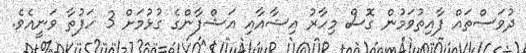
ދުވަސްތައް ފާއިތުވަމުން ގޮސް މިހާރު އިޝާއާއި އަޝްފާންގެ ގުޅުމަށް 3 ހަފުތާ ވަނީއެވެ.